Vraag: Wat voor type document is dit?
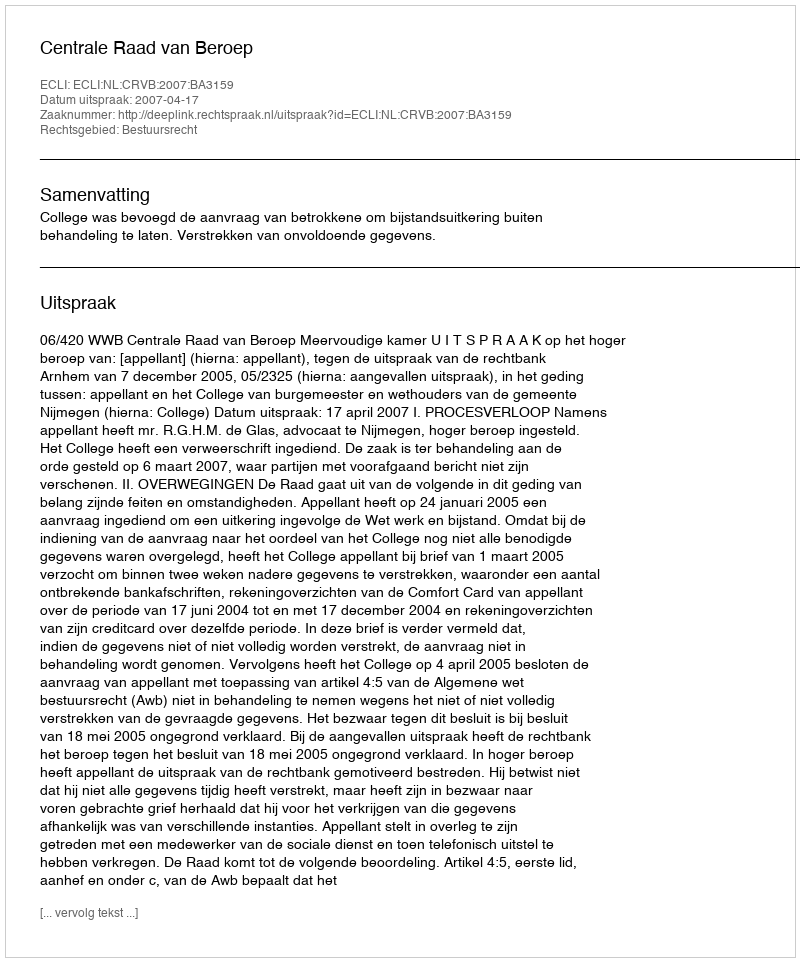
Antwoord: Uitspraak